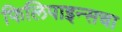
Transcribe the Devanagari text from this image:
फिलिपाइन्सचा